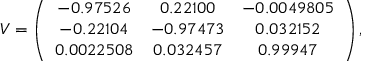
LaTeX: V = \left( \begin{array} { c c c } { { - 0 . 9 7 5 2 6 } } & { { 0 . 2 2 1 0 0 } } & { { - 0 . 0 0 4 9 8 0 5 } } \\ { { - 0 . 2 2 1 0 4 } } & { { - 0 . 9 7 4 7 3 } } & { { 0 . 0 3 2 1 5 2 } } \\ { { 0 . 0 0 2 2 5 0 8 } } & { { 0 . 0 3 2 4 5 7 } } & { { 0 . 9 9 9 4 7 } } \end{array} \right) ,